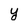
Character: y